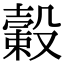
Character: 𣫎